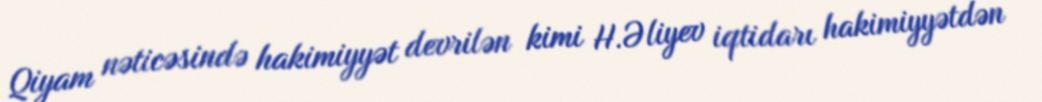
Qiyam nəticəsində hakimiyyət devrilən kimi H.Əliyev iqtidarı hakimiyyətdən